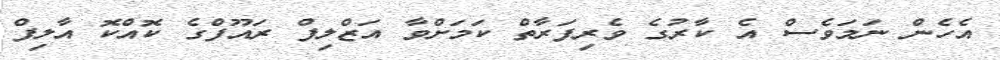
އެހެން ނަމަވެސް އެ ކާރުގެ ވެރިފަރާތް ކަމަށްވާ އަޒްލިފް ރައޫފްގެ ކޮއްކޮ އާލިފް